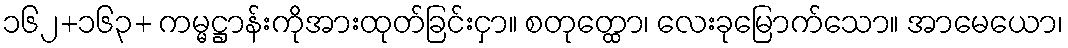
၁၆၂+၁၆၃+ ကမ္မဋ္ဌာန်းကိုအားထုတ်ခြင်းငှာ။ စတုတ္ထော၊ လေးခုမြောက်သော။ အာမေယော၊